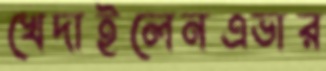
খেদাইলেনএভার